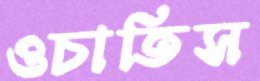
ওচাতিস